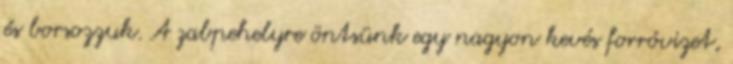
és borsozzuk. A zabpehelyre öntsünk egy nagyon kevés forróvizet,